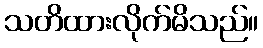
သတိထားလိုက်မိသည်။